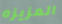
العزيزه